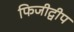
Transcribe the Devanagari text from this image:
फिजीद्वीप